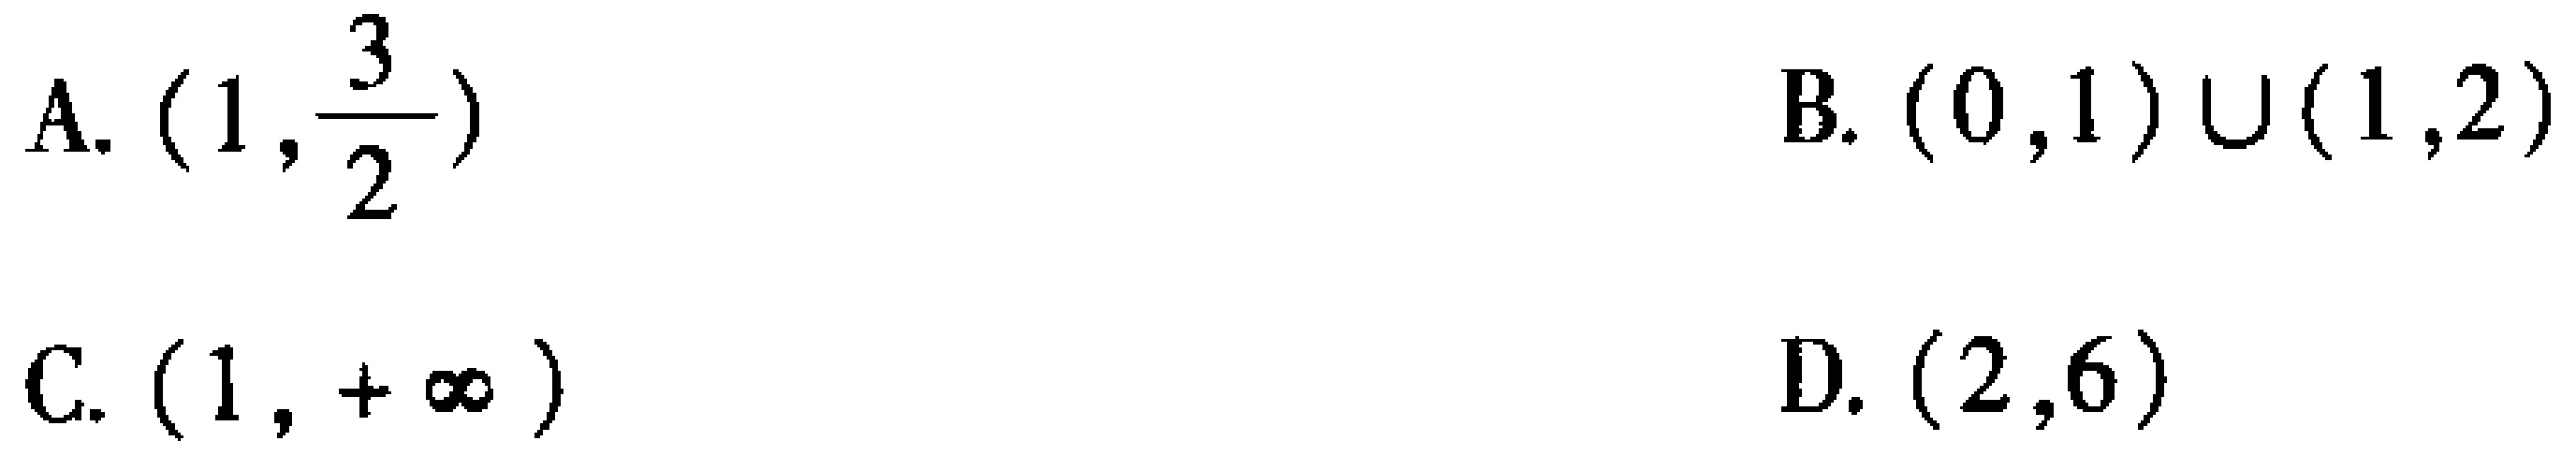
A. \((1,\frac{3}{2})\)

B. \((0,1)\cup(1,2)\)

C. \((1,+\infty)\)

D. \((2,6)\)